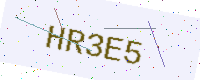
Text: HR3E5